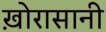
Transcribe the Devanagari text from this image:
ख़ोरासानी